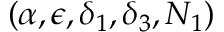
( \alpha , \epsilon , \delta _ { 1 } , \delta _ { 3 } , N _ { 1 } )